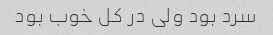
سرد بود ولی در کل خوب بود